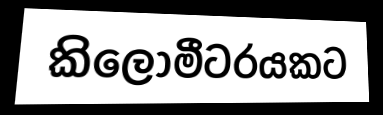
කිලෝමීටරයකට